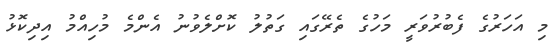
މި އަހަރުގެ ފެބުރުވަރީ މަހުގެ ތެރޭގައި ގަތުލު ކޮށްލެވުނު އެންމެ މުހިއްމު އިދިކޮޅު